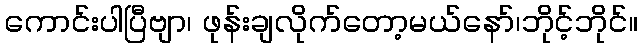
ကောင်းပါပြီဗျာ၊ ဖုန်းချလိုက်တော့မယ်နော်၊ဘိုင့်ဘိုင်။